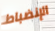
الإنضباط